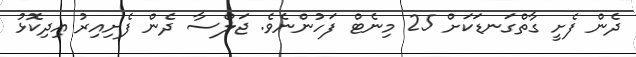
ދެން ފެށީ ގާތްގަނޑަކަށް 25 މިނެޓް ފަހުންނެވެ. ޖަލްސާ ދެން ފެށިއިރު އިދިކޮޅު